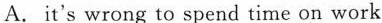
A.it's wrong to spend time on work